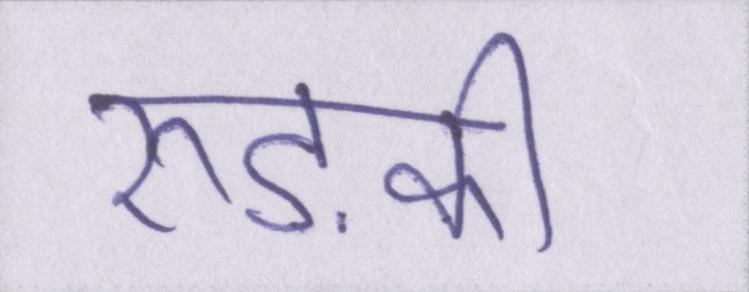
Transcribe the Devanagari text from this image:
रुड़की